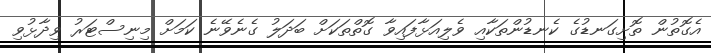
އެގޮތުން ތޮށިގަނޑުގެ ކެނޑުންތަކާއި ވެލިއަޅާފައިވާ ގޮތްތަކަށް ބަދަލު ގެނެވޭނެ ކަމަށް މިނިސްޓަރު ވިދާޅުވި